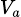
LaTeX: \scriptstyle{V_{a}}